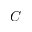
C